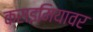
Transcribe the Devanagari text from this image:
क्राइमियावर